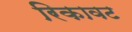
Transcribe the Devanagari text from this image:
रिकावट